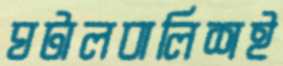
ঘটালবালিশই